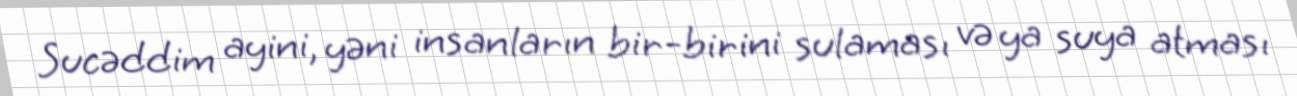
Sucəddim ayini, yəni insanların bir-birini sulaması və ya suya atması